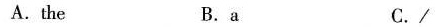
A.the B. a C./